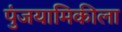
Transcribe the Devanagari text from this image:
पुंजयामिकीला